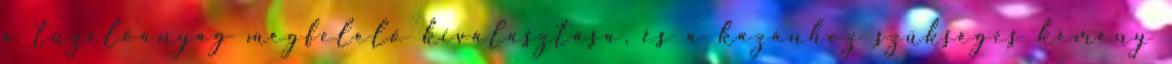
a tüzelőanyag megfelelő kiválasztása, és a kazánhoz szükséges kémény